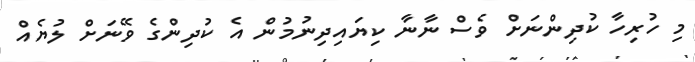
މި ހުރިހާ ކުދިންނަށް ވެސް ނާނާ ކިޔައިދިނުމުން އެ ކުދިންގެ ވޭނަށް ލުޔެއް